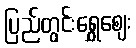
ပြည်တွင်းရွှေဈေး